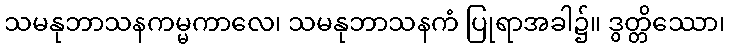
သမနုဘာသနကမ္မကာလေ၊ သမနုဘာသနကံ ပြုရာအခါ၌။ ဒွတ္တိဿော၊